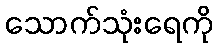
သောက်သုံးရေကို